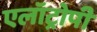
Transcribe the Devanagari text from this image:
एलॉट्रोपी